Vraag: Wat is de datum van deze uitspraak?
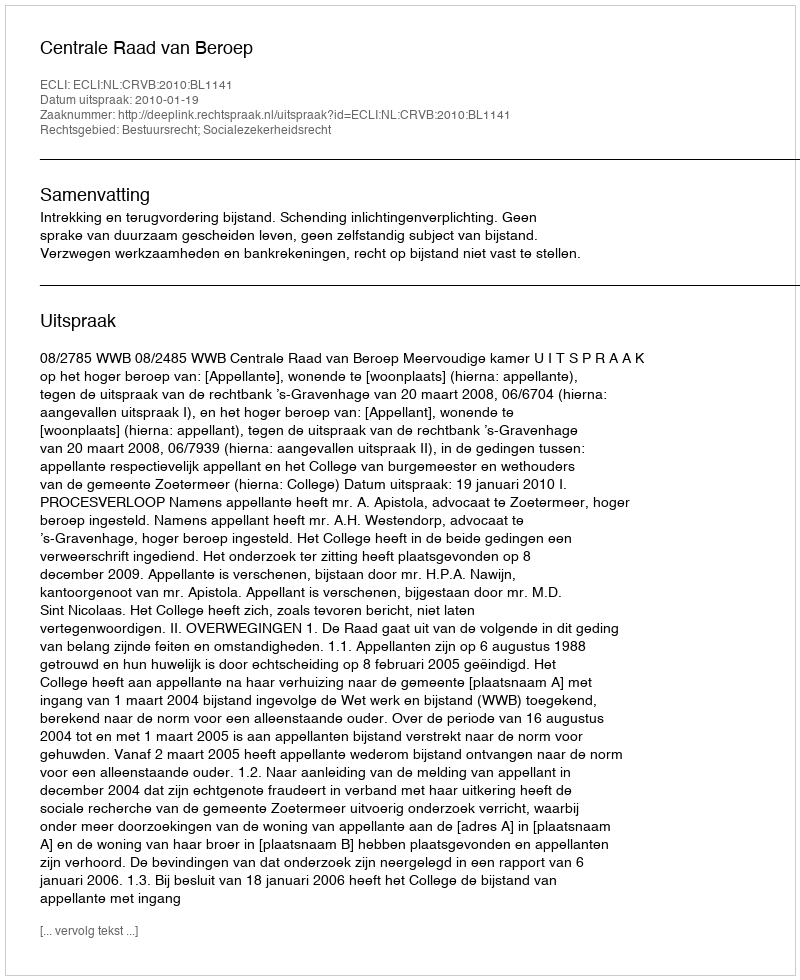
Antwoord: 2010-01-19